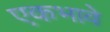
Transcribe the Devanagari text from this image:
एकभावे